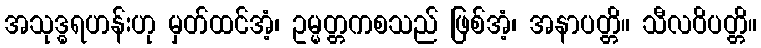
အသုဒ္ဓရဟန်းဟု မှတ်ထင်အံ့၊ ဥမ္မတ္တကစသည် ဖြစ်အံ့၊ အနာပတ္တိ။ သီလဝိပတ္တိ။